Report of the Indian Hemp Drugs Commission, 1894-1895 - Volume I
Year: 1894
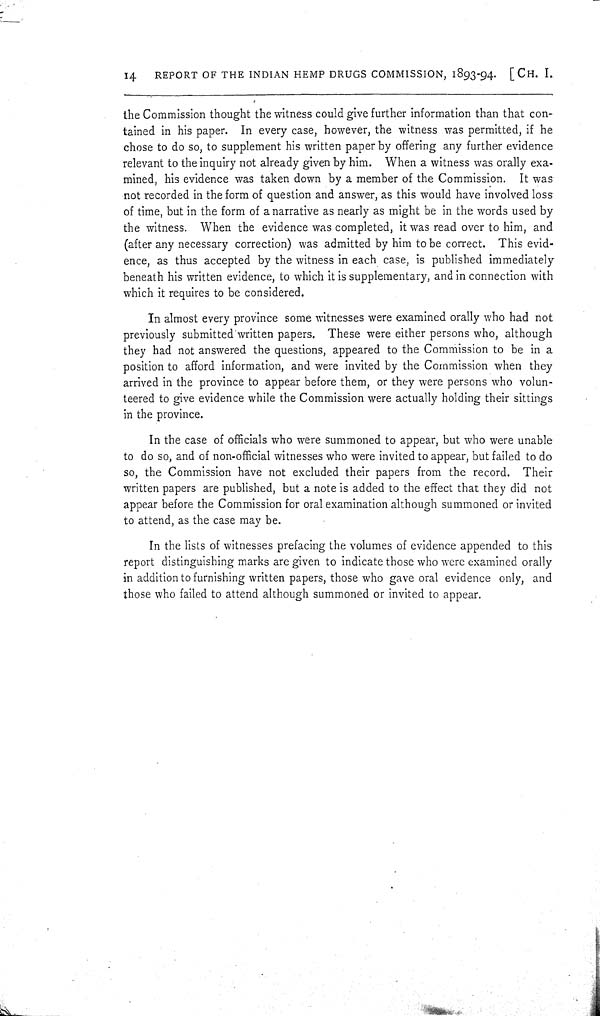
14
REPORT OF THE INDIAN HEMP DRUGS COMMISSION, 1893-94. [CH. I.
the Commission thought the witness could give further information than that con-
tained in his paper. In every case, however, the witness was permitted, if he
chose to do so, to supplement his written paper by offering any further evidence
relevant to the inquiry not already given by him. When a witness was orally exa-
mined, his evidence was taken down by a member of the Commission. It was
not recorded in the form of question and answer, as this would have involved loss
of time, but in the form of a narrative as nearly as might be in the words used by
the witness. When the evidence was completed, it was read over to him, and
(after any necessary correction) was admitted by him to be correct. This evid-
ence, as thus accepted by the witness in each case, is published immediately
beneath his written evidence, to which it is supplementary, and in connection with
which it requires to be considered.
In almost every province some witnesses were examined orally who had not
previously submitted written papers. These were either persons who, although
they had not answered the questions, appeared to the Commission to be in a
position to afford information, and were invited by the Commission when they
arrived in the province to appear before them, or they were persons who volun-
teered to give evidence while the Commission were actually holding their sittings
in the province.
In the case of officials who were summoned to appear, but who were unable
to do so, and of non-official witnesses who were invited to appear, but failed to do
so, the Commission have not excluded their papers from the record. Their
written papers are published, but a note is added to the effect that they did not
appear before the Commission for oral examination although summoned or invited
to attend, as the case may be.
In the lists of witnesses prefacing the volumes of evidence appended to this
report distinguishing marks are given to indicate those who were examined orally
in addition to furnishing written papers, those who gave oral evidence only, and
those who failed to attend although summoned or invited to appear.